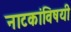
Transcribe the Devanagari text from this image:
नाटकांविषयी